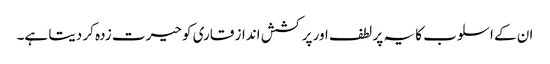
ان کے اسلوب کا یہ پر لطف اور پر کشش انداز قاری کو حیرت زدہ کر دیتا ہے۔